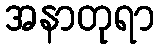
အနာတုရာ